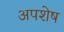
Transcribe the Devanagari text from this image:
अपशेष